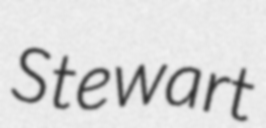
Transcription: Stewart